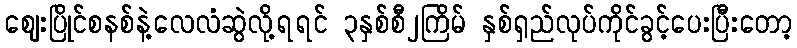
ဈေးပြိုင်စနစ်နဲ့လေလံဆွဲလို့ရရင် ၃နှစ်စီ၂ကြိမ် နှစ်ရှည်လုပ်ကိုင်ခွင့်ပေးပြီးတော့